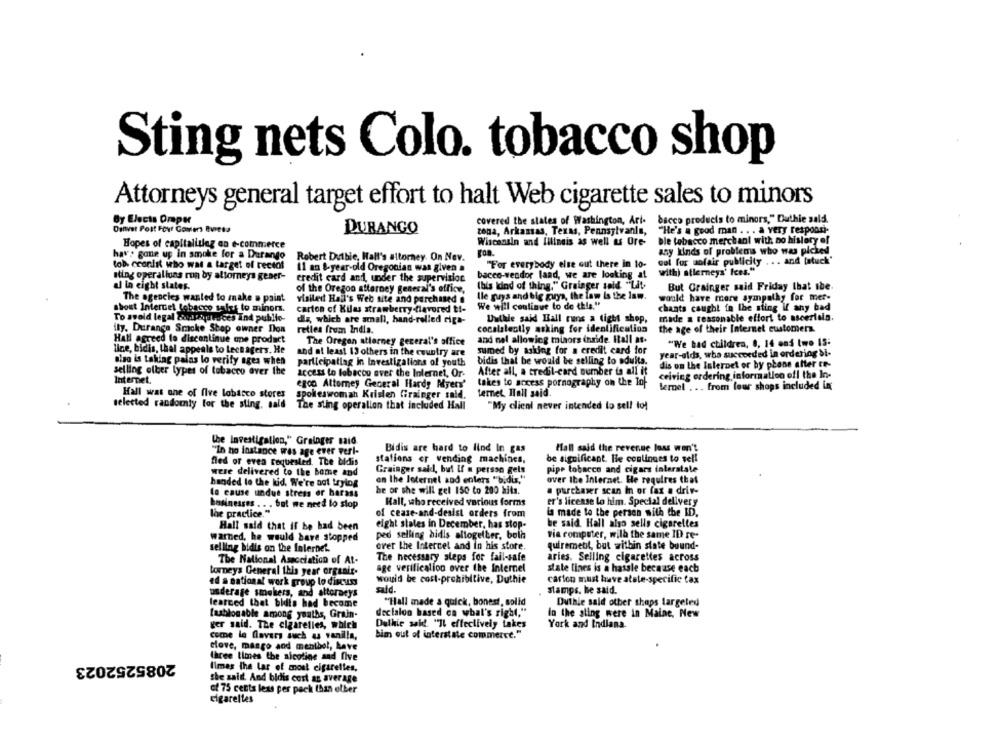
Sting nets Colo. tobacco shop
Attorneys general target effort to halt Web cigarette sales to minors
By Elects Oraper
covered the states of Washington, Ari-
bacco products to minors," Duthie sald.
Danvet Post Four Covers Bvresa
DURANGO
zona, Arkansas, Texas, Pennsylvania,
"He's a good man . . . a very responsi-
Hopes of capitalislag on e-commerce
Wisconsin and lilineis as well as Ore
ble tobacco merchant with no history of
any kinds of problems who was picked
have gone up in smoke for a Durango
Robert Duthie, Hall's attorney. On Nev.
. . . and [atuck"
tob. ccordit who was a target of receot
11 an &-year-old Oregonian was given a
"For everybody else out there in to-
cul for sofair publicity
bacco-vendor land, we are looking at
with) atlerneys' Ices."
sting operallons run by attorneys gener-
credit card and, under the supervision
ul in eight states.
of the Oregon attorney general's office,
(bis kind of thing." Grainger said "Lit-
But Grainger said Friday that ibe
lle guys and big guys, the law is the lam.
would have more sympathy for mer-
The agencies wanted to make a paint
visited Hoil's Web site and purchased .
We will coulinue to do this."
shout Intercet lobpoco tales to minors.
carton of Kilas strawberry flavored ti-
chants caught in the sting if any bad
To avoid legal budouvoces Ind public-
dla, which are amall, hand-rolled ciga-
Duthie said Hall runs a tight shop,
made a reasonable effort to ascertain.
ily. Durango Smoke Shop owner Don
retles from India.
cocalslesily asking for identification
the age of their Internet customers
Hall agreed to discontinue one product
The Oregon attorney general's office
and nel allowing miaors inride. Hall at.
"We had children, 0, 14 and two 15:
line, bidis, thal appeals to Lecnagers. He
and at least 13 others in the country are
sumed by asking for a credit card for
year-olds, who succeeded in ordering si-
also is taking palas lo verify ages when
participating in Investigations of youth
bidis that be would be selling to adults.
dis on the Internet or by phone after ce-
selling olber types of tobacco over the
After all, a credit-card number to mil it
Internet.
access to lobacou aver the Internet, Or-
ceiving ordering informatlon efl the In-
egoo Attorney General Hardy Myers'
takes to access pornography on the Top
lernel . .. from lour shops included in
Hall was one of five lobarco stores
ternet Hall said
spokeswoman Kristen Grainger said.
selected randomly for the sting, said
The sting operalion that included Hall
"My client never intended to sell tol
the Investigation," Grainger said
"In ho instance wes age ever verl-
Bidis are hard to find In gas
Hall said the revenue loss won't
fled or even requested. The bidis
stations er vending machines,
be significant. He continues to sell
pipe tobacco and cigars interstate
were delivered to the home and
Grainger said, but If a person gels
handed to the kid. We're not trylog
on the loternel and enters "bidis,"
over the Internet. He requires that
he or she will gel 150 to 200 hits.
le cause undue stress er harass
a purchaser scan In or fax a driv-
businesses .. . but we need lo stop
Hall, who received various forms
er's license lo him. Special delivery
lhe practice."
la made to the person with the ID.
of cease-and-desist orders from
Hall said that if be had been
eight states in December, has stop-
be said. Hall also sells cigarettes
via computer, wild the same ID re-
warned, he would have stopped
ped selling bidis altogether, bolh
selling bidis on the Internet.
erer the Intercel and in his store.
quiremetit, but within state bound-
The necessary steps for fail-safe
aries. Selling cigarettes across
The National Association of At-
torneys General this year organic.
age verification over the Internet
state lines is a hassle because each
would be cost-prohibitive, Duthie
ed a national work group lo discuss
carton must have atele-specific tax
underage smokers, and attorneys
sald.
stamps. he said.
"Hall made a quick, bonest, solid
learned that bidis had become
Duthie sald other shops targeted
fashionable among youths, Grain.
declalon based ca what's right."
In the sting were in Maine, New
ger said. The cigaretles, which
Duthie said. "Il effectively takes
York and Indiana.
come la flavors such as vanilla,
bim out of interstate commerce."
stove, mango and menthol, have
2085252023
three times the nicoline and five
limes the lar of most cigarettes,
the said And bidis cost an average
of 75 cents less per pack than other
cigarettes